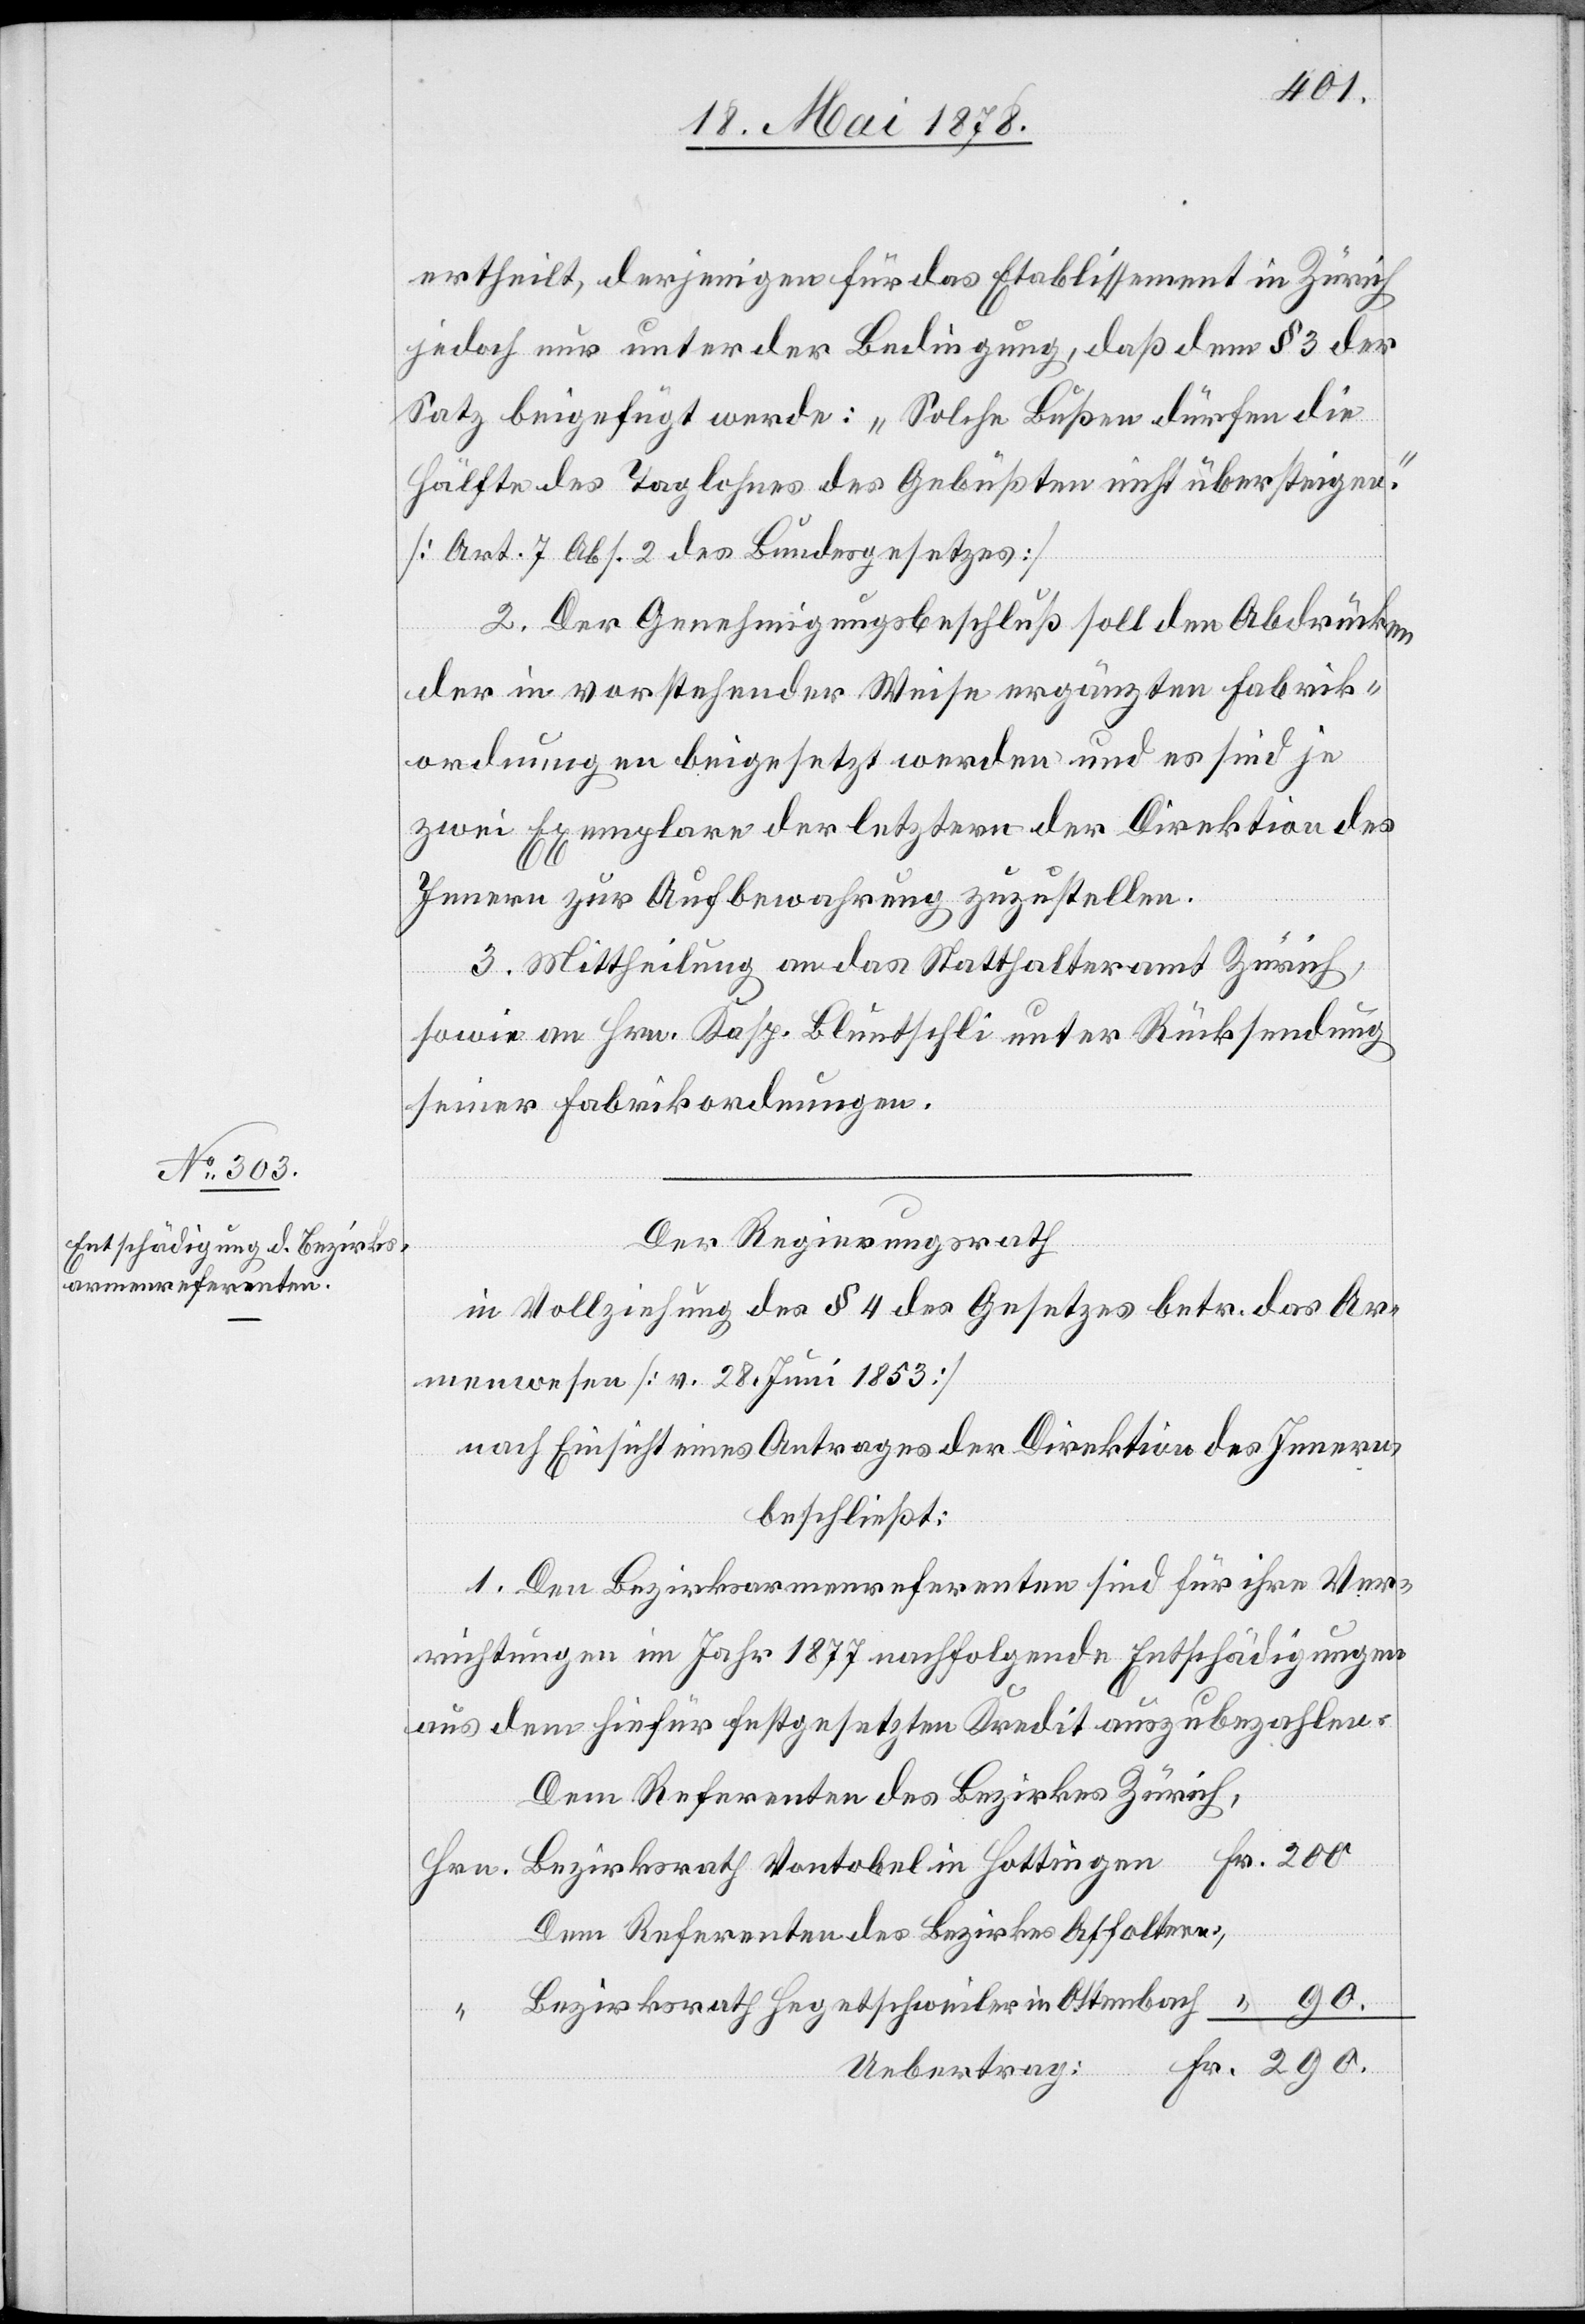
Der Regierungsrath
in Vollziehung des § 4 des Gesetzes betr. das Ar¬
menwesen [v. 28. Juni 1853]
nach Einsicht eines Antrages der Direktion des Innern,
beschließt:
1. Den Bezirksarmenreferenten sind für ihre Ver¬
richtungen im Jahr 1877 nachfolgende Entschädigungen
aus dem hiefür festgesetzten Kredit auszubezahlen.
Dem Referenten des Bezirkes Zürich,
Dem Referenten des Bezirkes Affoltern
Bezirksrath Hegetschweiler in Ottenbach
gen